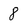
Character: 8